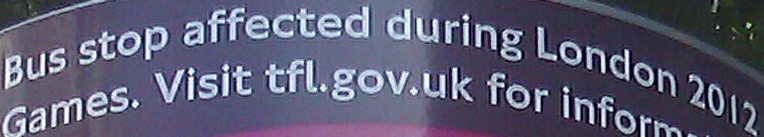
Bus stop affected during London 2012